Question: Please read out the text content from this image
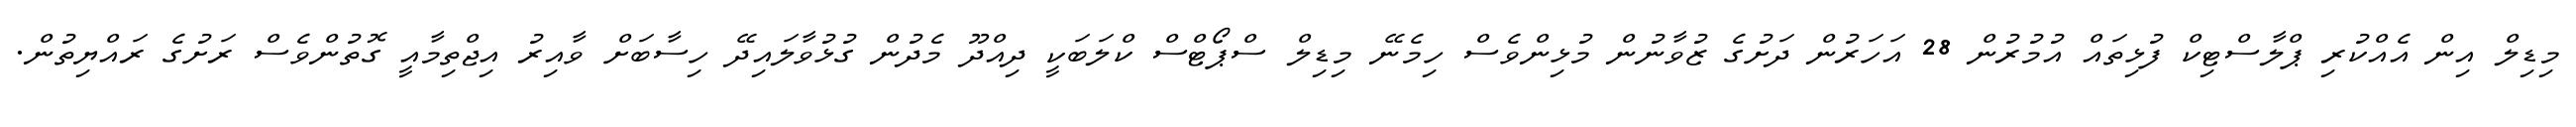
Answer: މިޑިލް އިން އެއްކުރި ޕްލާސްޓިކް ފުޅިތައް އުމުރުން 28 އަހަރުން ދަށުގެ ޒުވާނުން މުޅިންވެސް ހިމެނޭ މިޑިލް ސްޕޯޓްސް ކްލަބަކީ ދިއްދޫ މެދުން ގުޅުވާލައިދޭ ހިސާބަށް ވާއިރު އިޖްތިމާއީ ގޮތުންވެސް ރަށުގެ ރައްޔިތުން.